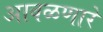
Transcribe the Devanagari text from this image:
आवळणारे